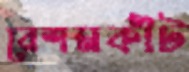
রেশমকীট